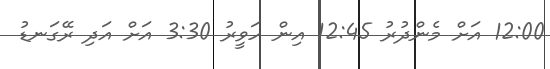
12:00 އަށް މެންދުރު 12:45 އިން ހަވީރު 3:30 އަށް އަދި ރޭގަނޑު